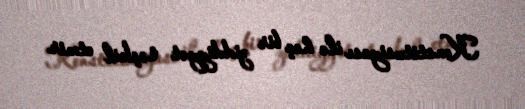
Konstitusiyası ilə heç bir ziddiyyət təşkil etmir.